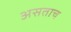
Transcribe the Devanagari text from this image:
असताच